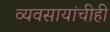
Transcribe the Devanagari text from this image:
व्यवसायांचीही